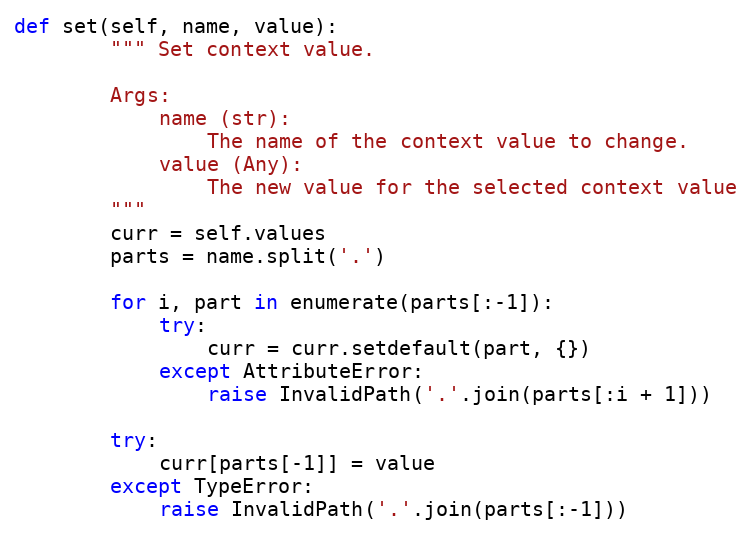
Language: Python
def set(self, name, value):
        """ Set context value.

        Args:
            name (str):
                The name of the context value to change.
            value (Any):
                The new value for the selected context value
        """
        curr = self.values
        parts = name.split('.')

        for i, part in enumerate(parts[:-1]):
            try:
                curr = curr.setdefault(part, {})
            except AttributeError:
                raise InvalidPath('.'.join(parts[:i + 1]))

        try:
            curr[parts[-1]] = value
        except TypeError:
            raise InvalidPath('.'.join(parts[:-1]))